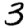
Digit: 3